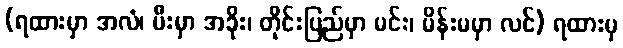
(ရထားမှာ အလံ၊ မီးမှာ အခိုး၊ တိုင်းပြည်မှာ မင်း၊ မိန်းမမှာ လင်) ရထားမှ